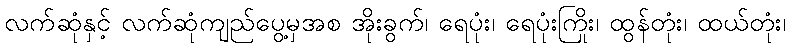
လက်ဆုံနှင့် လက်ဆုံကျည်ပွေ့မှအစ အိုးခွက်၊ ရေပုံး၊ ရေပုံးကြိုး၊ ထွန်တုံး၊ ထယ်တုံး၊